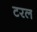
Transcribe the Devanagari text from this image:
टरल